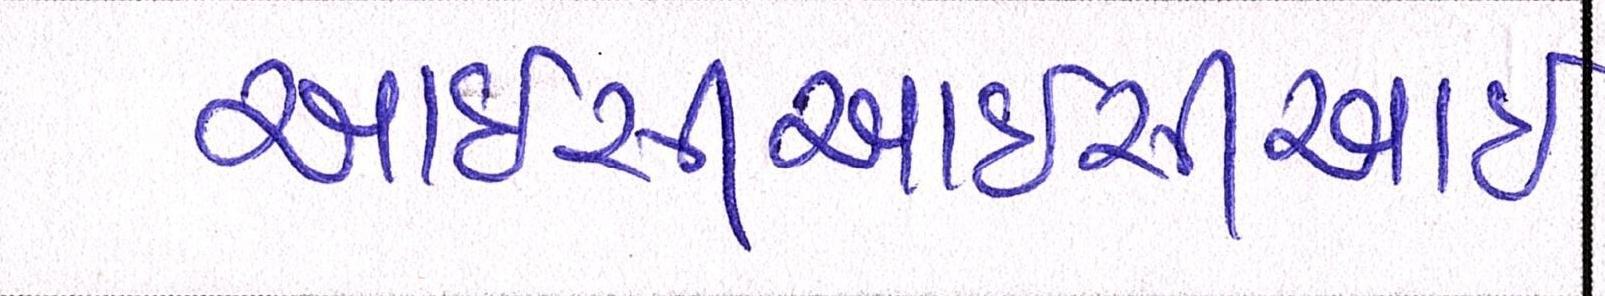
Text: આઇસીઆઇસીઆઇ